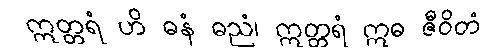
ဣတ္တရံ ဟိ ဓနံ ဓညံ၊ ဣတ္တရံ ဣဓ ဇီဝိတံ